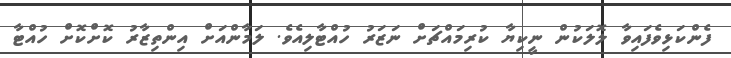
ފެންކަޅިވެފައިވާ ލޮލަކުން ނީކިޔާ ކުރިމައްޗަށް ނަޒަރު ހުއްޓާލިއެވެ. ލަމާންއަށް އިންތިޒާރު ކޮށްކޮށް ހުއްޓާ